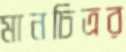
মানচিত্রর